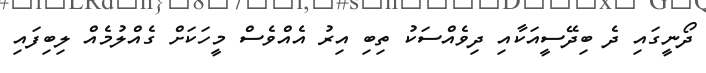
ދޯނީގައި ދެ ބިދޭސީއަކާއި ދިވެއްސަކު ތިބި އިރު އެއްވެސް މީހަކަށް ގެއްލުމެއް ލިބިފައި